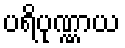
ပရိပုဏ္ဏာယ